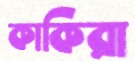
কাকিরা